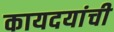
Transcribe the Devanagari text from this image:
कायदयांची